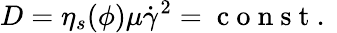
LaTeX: D=\eta_{s}(\phi)\mu\dot{\gamma}^{2}=\mathrm{~c~o~n~s~t~.~}